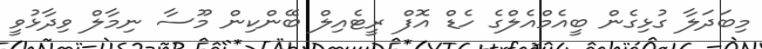
މިބަދަލާ ގުޅިގެން ބީއެމްއެލްގެ ހެޑް އޮފް ރީޓެއިލް ބޭންކިން މޫސާ ނިމާލް ވިދާޅުވީ